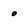
Character: 0